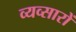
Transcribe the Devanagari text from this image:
व्यव्सारों